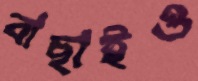
বাছাইও